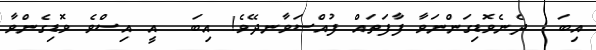
އިބަ  ދެނެވޮޑިގަންނަވާ ފާފަތައް ފުއްސަވާނދޭވެ! އިބަ  އީ އިސްވެ ވޮޑިގެންވާ